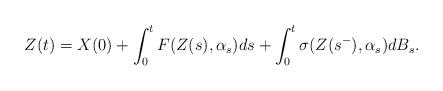
LaTeX: \begin{align*}Z(t)=X(0)+\int_0^tF(Z(s),\alpha_s)ds+\int_0^t\sigma(Z(s^-),\alpha_s)dB_s.\end{align*}